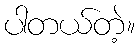
ပါတယ်တဲ့။